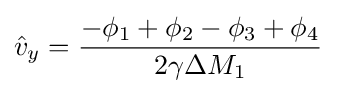
{\hat {v}}_{y}={\frac {-\phi _{1}+\phi _{2}-\phi _{3}+\phi _{4}}{2\gamma \Delta M_{1}}}